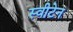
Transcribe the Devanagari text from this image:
स्वीटेन